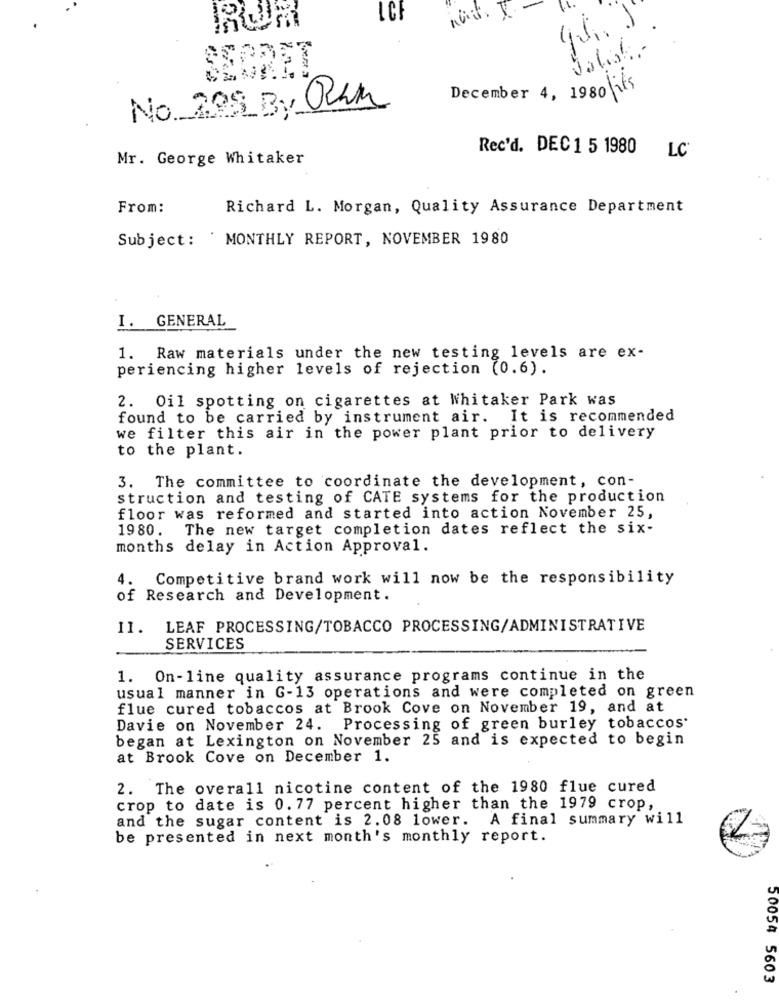
LCF
December 4, 1980 \its
No ROS By RUM
Rec'd. DEC 1 5 1980
LC
Mr. George Whitaker
From:
Richard L. Morgan, Quality Assurance Department
Subject: ' MONTHLY REPORT, NOVEMBER 1980
I. GENERAL
1. Raw materials under the new testing levels are ex-
periencing higher levels of rejection (0.6).
2. Oil spotting on cigarettes at Whitaker Park was
found to be carried by instrument air. It is recommended
we filter this air in the power plant prior to delivery
to the plant.
3. The committee to coordinate the development, con-
struction and testing of CATE systems for the production
floor was reformed and started into action November 25,
1980. The new target completion dates reflect the six-
months delay in Action Approval.
Competitive brand work will now be the responsibility
of Research and Development.
II. LEAF PROCESSING/TOBACCO PROCESSING/ADMINISTRATIVE
SERVICES
1. On-line quality assurance programs continue in the
usual manner in G-13 operations and were completed on green
flue cured tobaccos at Brook Cove on November 19, and at
Davie on November 24. Processing of green burley tobaccos'
began at Lexington on November 25 and is expected to begin
at Brook Cove on December 1.
2. The overall nicotine content of the 1980 flue cured
crop to date is 0. 77 percent higher than the 1979 crop,
and the sugar content is 2.08 lower. A final summary will
be presented in next month's monthly report.
50054 5603